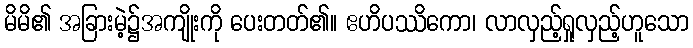
မိမိ၏ အခြားမဲ့၌အကျိုးကို ပေးတတ်၏။ ဧဟိပဿိကော၊ လာလှည့်ရှုလှည့်ဟူသော